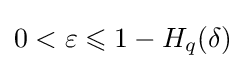
0<\varepsilon \leqslant 1-H_{q}(\delta )